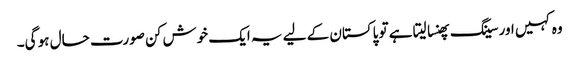
وہ کہیں اور سینگ پھنسا لیتا ہے تو پاکستان کے لیے یہ ایک خوش کن صورت حال ہو گی۔